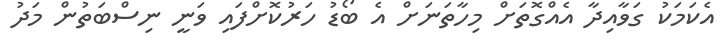
އެކަމަކު ގަވާއިދާ އެއްގޮތަށް މިހާތަނަށް އެ ބޯޑު ހަރުކޮށްފައި ވަނީ ނިސްބަތުން މަދު